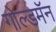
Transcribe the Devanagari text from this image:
गोल्डमॅन